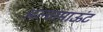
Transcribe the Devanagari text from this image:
अल्टामाऊंट